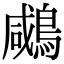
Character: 𪂶